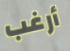
أرغب